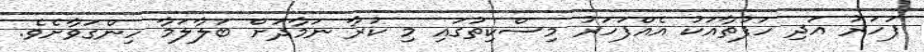
ފަހަރު އަދި ހަފުތާއަކު އެއްފަހަރު މިސްކިތުގައި މި ކުރާ ނަމާދަށް ބަލާލަމާ ހިންގަވާށެވެ.